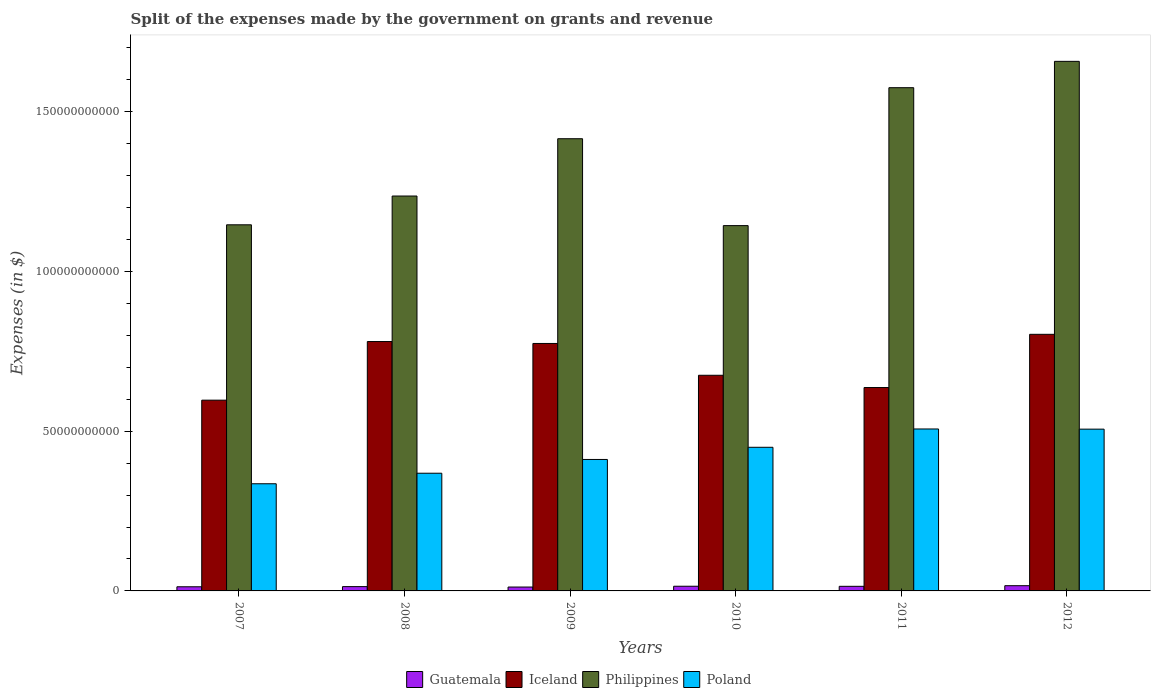
| Years | Guatemala | Iceland | Philippines | Poland |
 | --- | --- | --- | --- | --- |
 | 2007 | 1.3e+09 | 5.97e+10 | 1.15e+11 | 3.35e+10 |
 | 2008 | 1.35e+09 | 7.8e+10 | 1.24e+11 | 3.68e+10 |
 | 2009 | 1.22e+09 | 7.74e+10 | 1.42e+11 | 4.11e+10 |
 | 2010 | 1.47e+09 | 6.75e+10 | 1.14e+11 | 4.49e+10 |
 | 2011 | 1.44e+09 | 6.36e+10 | 1.57e+11 | 5.07e+10 |
 | 2012 | 1.64e+09 | 8.03e+10 | 1.66e+11 | 5.06e+10 |